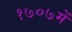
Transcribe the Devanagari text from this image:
१७०७में